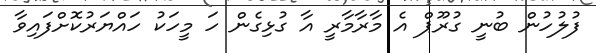
ފުލުހުން ބުނީ ގުރޫޕް އެ މާރާމާރީ އާ ގުޅިގެން ހަ މީހަކު ހައްޔަރުކޮށްފައިވާ